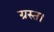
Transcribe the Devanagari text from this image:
ग्रस्त।